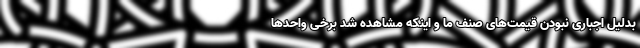
بدلیل اجباری نبودن قیمت‌های صنف ما و اینکه مشاهده شد برخی واحدها